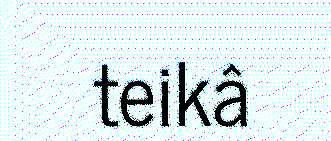
teikâ